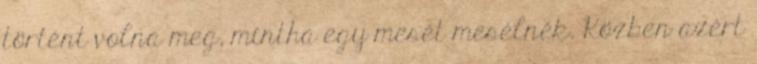
történt volna meg, mintha egy mesét mesélnék. Közben azért